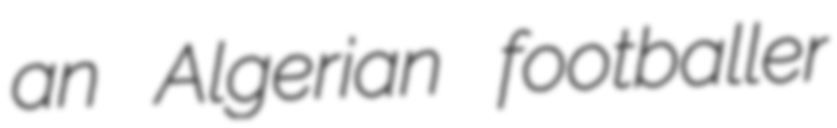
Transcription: an Algerian footballer